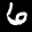
Label: 6